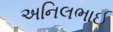
અનિલભાઈ